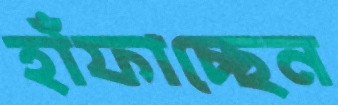
হাঁফাচ্ছেন